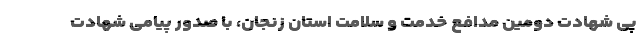
پی شهادت دومین مدافع خدمت و سلامت استان زنجان، با صدور پیامی شهادت